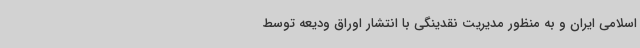
اسلامی ایران و به منظور مدیریت نقدینگی با انتشار اوراق ودیعه توسط